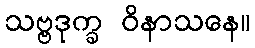
သဗ္ဗဒုက္ခ ဝိနာသနေ။